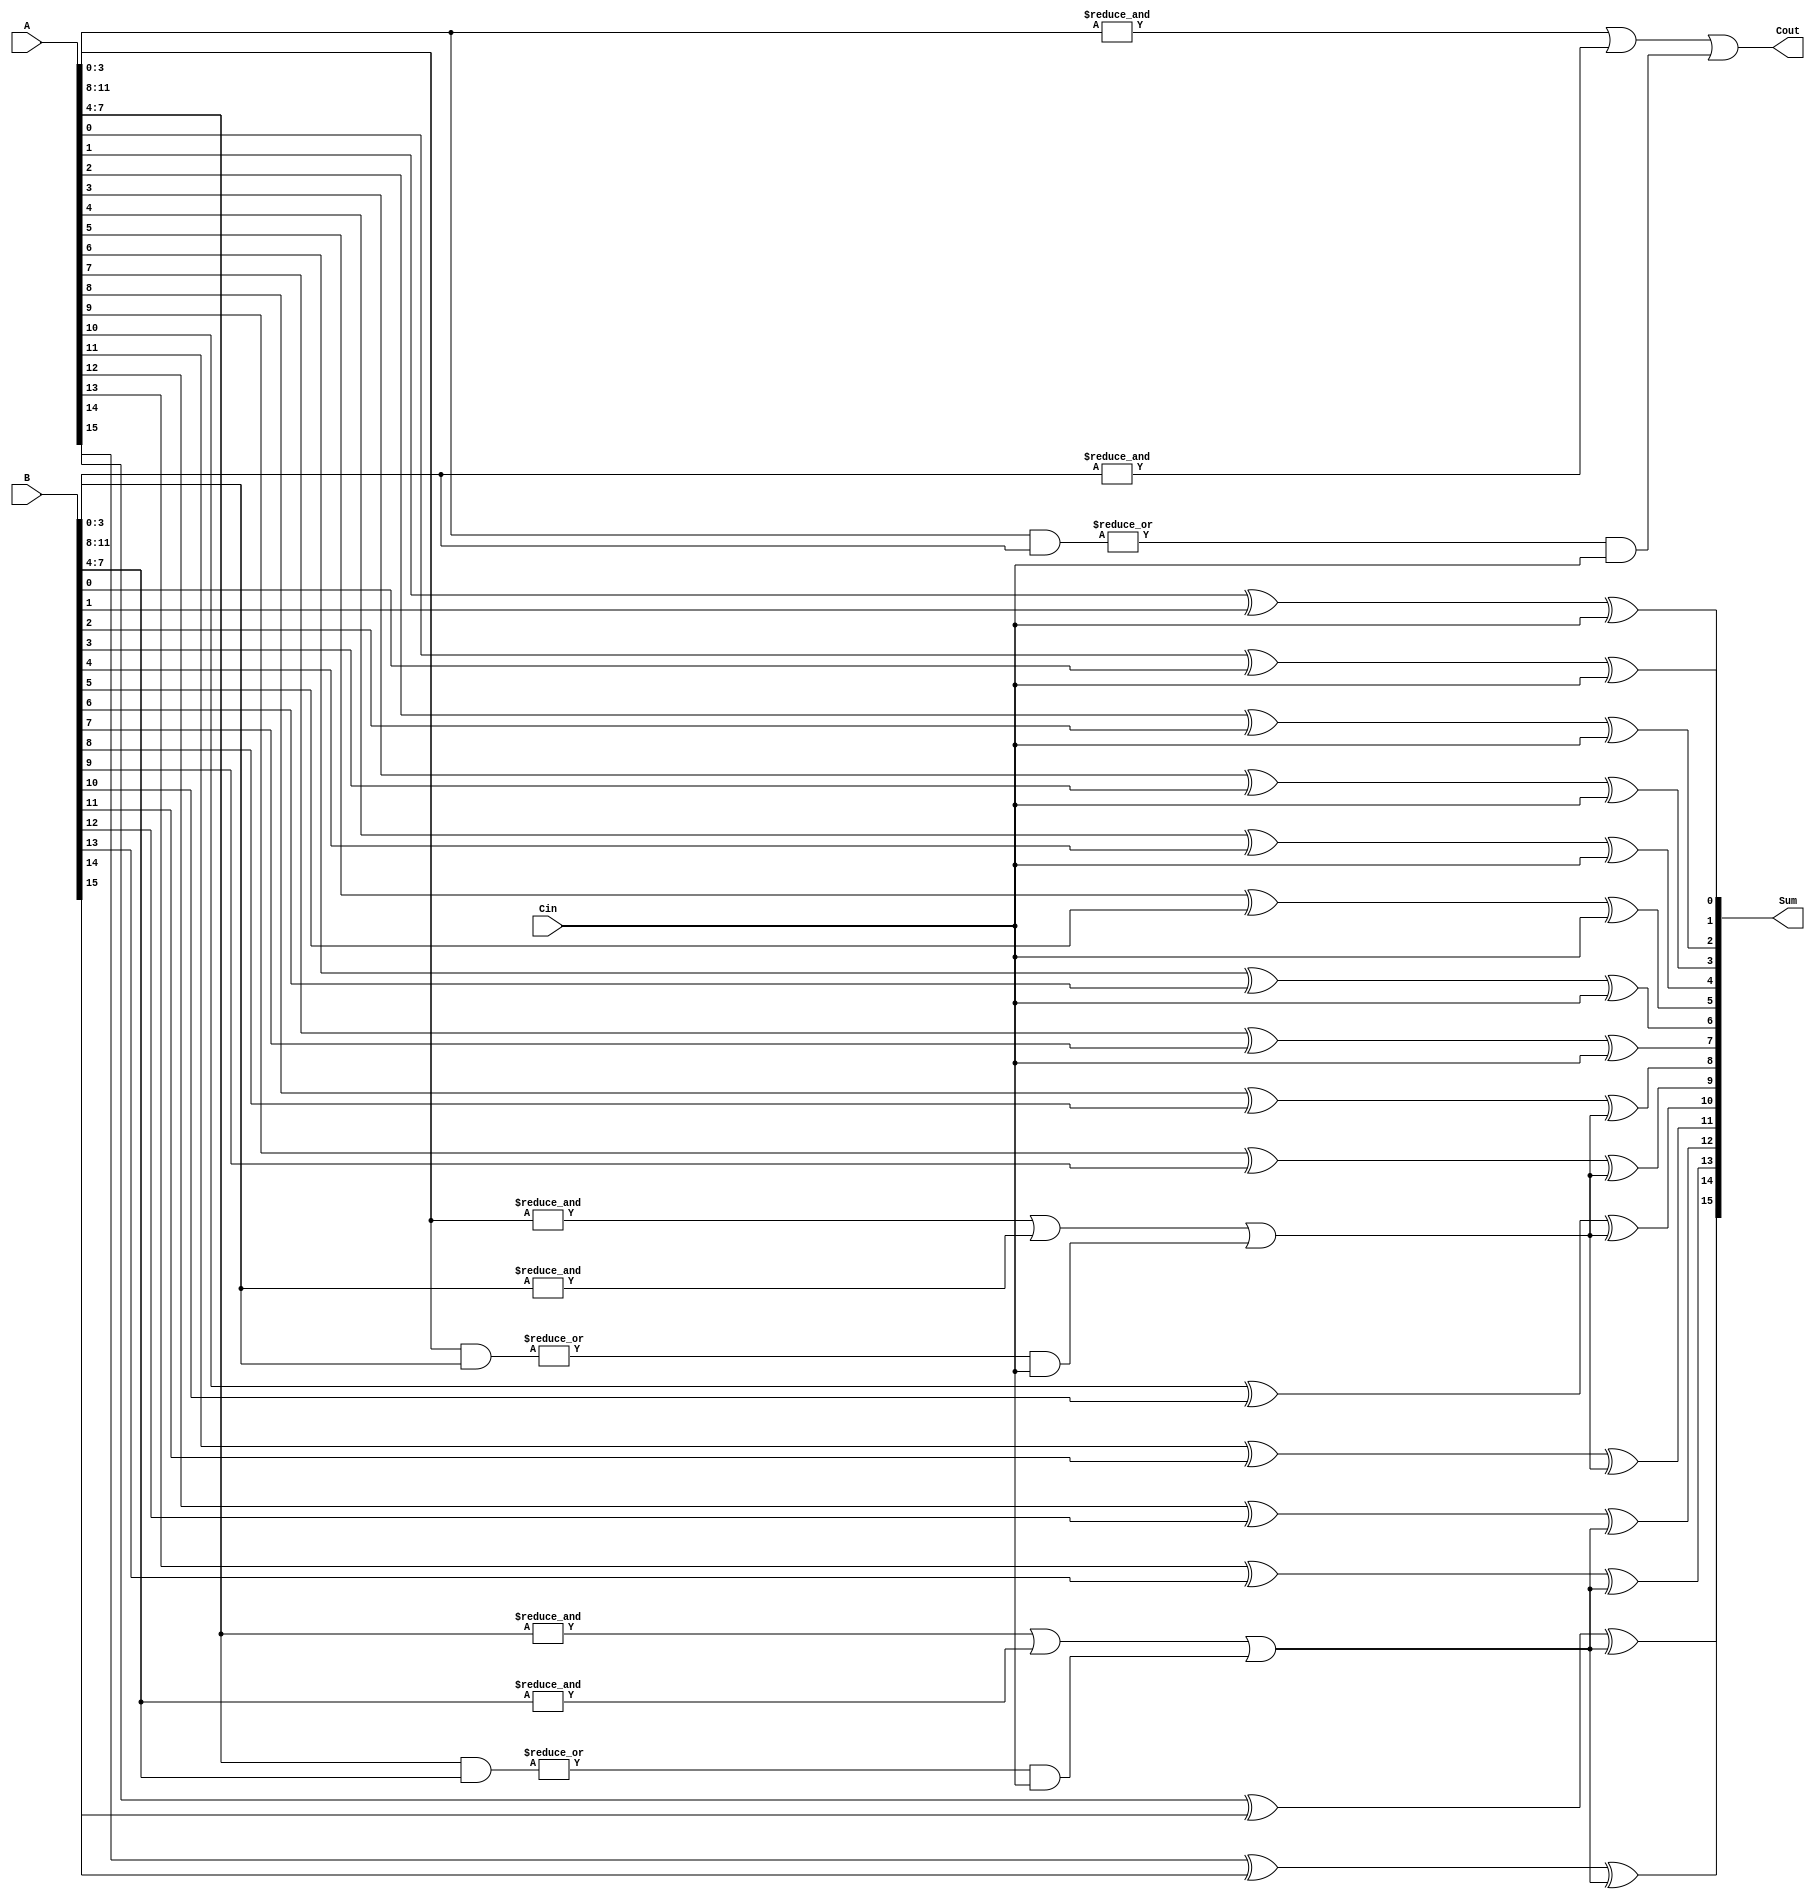
module PrecomputationCarryAdder #(parameter N = 16, parameter GROUP_SIZE = 4) (
    input [N-1:0] A,            // First n-bit input
    input [N-1:0] B,            // Second n-bit input
    input Cin,                  // Carry-in
    output [N-1:0] Sum,         // Sum output
    output Cout                 // Final carry-out
);

    localparam GROUPS = N / GROUP_SIZE;
    
    wire [GROUPS-1:0] C_out;    // Carry-out for each group
    wire [GROUPS-1:0] C_gen;     // Carry generate for each group
    wire [GROUPS-1:0] C_prop;    // Carry propagate for each group
    wire [N-1:0] C;              // Carry input for each bit

    // Precomputation Phase: Generate carries for each group
    genvar i;
    generate
        for (i = 0; i < GROUPS; i = i + 1) begin: carry_group
            wire [GROUP_SIZE-1:0] A_group = A[i*GROUP_SIZE +: GROUP_SIZE];
            wire [GROUP_SIZE-1:0] B_group = B[i*GROUP_SIZE +: GROUP_SIZE];
            
            assign C_prop[i] = |(A_group & B_group); // Propagate if any bit generates carry
            assign C_gen[i]  = &A_group | &B_group;   // Generate carry if all bits generate carry
            assign C_out[i]  = (i == 0) ? Cin : (C_gen[i-1] | (C_prop[i-1] & Cin));
        end
    endgenerate

    // Carry array
    assign C[0] = Cin;
    generate
        for (i = 1; i < GROUPS; i = i + 1) begin: carry_propagate
            assign C[i] = C_out[i-1];
        end
    endgenerate

    // Sum Calculation
    generate
        for (i = 0; i < N; i = i + 1) begin: sum_calculation
            assign Sum[i] = A[i] ^ B[i] ^ C[i / GROUP_SIZE];
        end
    endgenerate

    // Final Carry-Out
    assign Cout = C_out[GROUPS-1];

endmodule